Scottish Leaving Certificate Examination, 1951
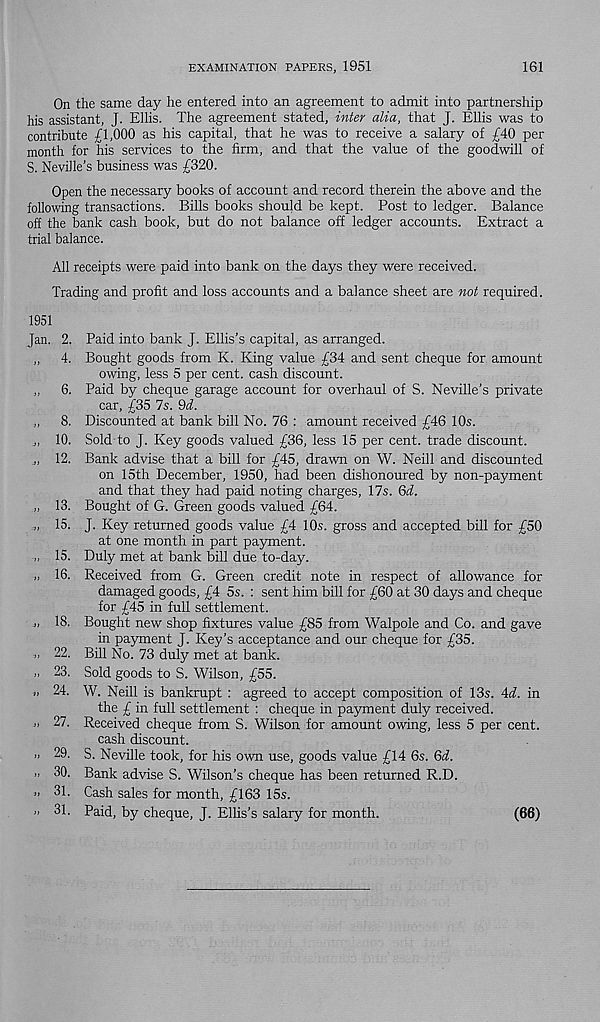
EXAMINATION PAPERS, 1951
161
On the same day he entered into an agreement to admit into partnership
his assistant, J. Eilis. The agreement stated, inter alia, that J. Ellis was to
contribute £1,000 as his capital, that he was to receive a salary of £40 per
month for his services to the firm, and that the value of the goodwill of
S. Neville’s business was £320.
Open the necessary books of account and record therein the above and the
following transactions. Bills books should be kept. Post to ledger. Balance
off the bank cash book, but do not balance off ledger accounts. Extract a
trial balance.
All receipts were paid into bank on the days they were received.
Trading and profit and loss accounts and a balance sheet are not required.
1951
Jan. 2. Paid into bank J. Ellis’s capital, as arranged.
„ 4. Bought goods from K. King value £34 and sent cheque for amount
owing, less 5 per cent, cash discount.
„ 6. Paid by cheque garage account for overhaul of S. Neville’s private
car, £35 7s. 9cf.
„ 8. Discounted at bank bill No. 76 : amount received £46 10s.
10. Sold to J. Key goods valued £36, less 15 per cent, trade discount.
„ 12. Bank advise that a bill for £45, drawn on W. Neill and discounted
on 15th December, 1950, had been dishonoured by non-payment
and that they had paid noting charges, 17s. Qd.
„ 13. Bought of G. Green goods valued £64.
„ 15. J. Key returned goods value £4 10s. gross and accepted bill for £50
at one month in part payment.
„ 15. Duly met at bank bill due to-day.
„ 16. Received from G. Green credit note in respect of allowance for
damaged goods, £4 5s. : sent him bill for £60 at 30 days and cheque
for £45 in full settlement.
„ 18. Bought new shop fixtures value £85 from Walpole and Co. and gave
in payment J. Key’s acceptance and our cheque for £35.
22. Bill No. 73 duly met at bank.
„ 23. Sold goods to S. Wilson, £55.
» 24. W. Neill is bankrupt : agreed to accept composition of 13s. Ad. in
the £ in full settlement : cheque in payment duly received.
27. Received cheque from S. Wilson for amount owing, less 5 per cent,
cash discount.
" 29. S. Neville took, for his own use, goods value £14 6s. Qd.
30. Bank advise S. Wilson’s cheque has been returned R.D.
j» 31. Cash sales for month, £163 15s.
>< 31. Paid, by cheque, J. Ellis’s salary for month.
(66)